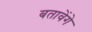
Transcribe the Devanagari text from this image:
बतावेंगे